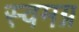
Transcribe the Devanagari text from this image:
स्वमग्न